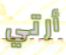
أرتي